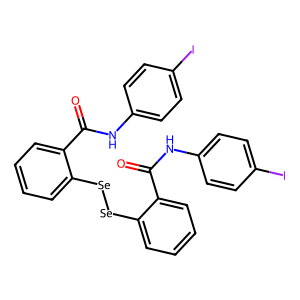
SMILES: O=C(Nc1ccc(I)cc1)c1ccccc1[Se][Se]c1ccccc1C(=O)Nc1ccc(I)cc1
Inhibits HIV replication: No